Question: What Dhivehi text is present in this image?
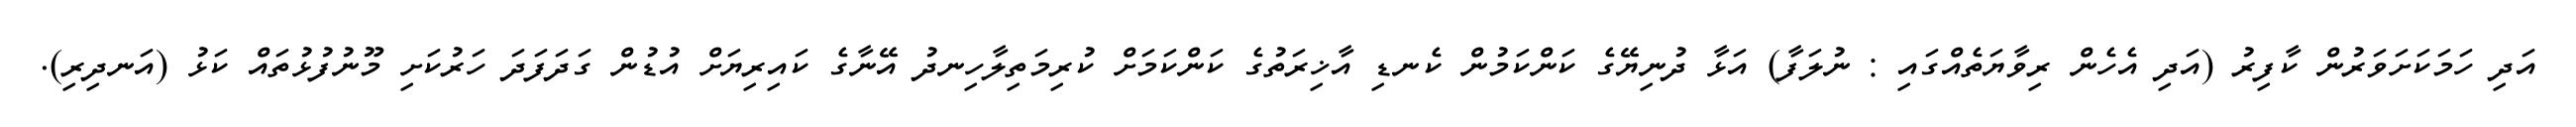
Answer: އަދި ހަމަކަށަވަރުން ކާފިރު (އަދި އެހެން ރިވާޔަތެއްގައި : ނުލަފާ) އަޅާ ދުނިޔޭގެ ކަންކަމުން ކެނޑި އާޚިރަތުގެ ކަންކަމަށް ކުރިމަތިލާހިނދު އޭނާގެ ކައިރިޔަށް އުޑުން ގަދަފަދަ ހަރުކަށި މޫނުފުޅުތައް ކަޅު (އަނދިރި).